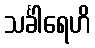
သင်္ခါရေဟိ